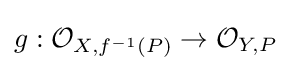
g:{\mathcal {O}}_{X,f^{-1}(P)}\rightarrow {\mathcal {O}}_{Y,P}